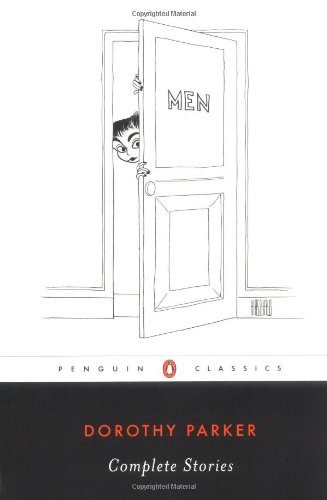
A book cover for Complete Stories (Penguin Classics); Dorothy Parker; Literature & Fiction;